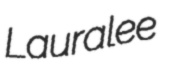
Lauralee